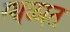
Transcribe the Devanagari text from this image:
स्थळात